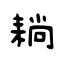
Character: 耥